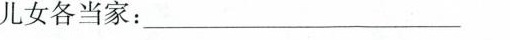
儿女各当家：___